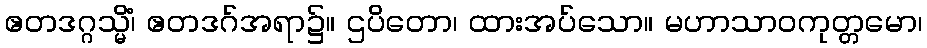
ဧတဒဂ္ဂသ္မိံ၊ ဧတဒဂ်အရာ၌။ ဌပိတော၊ ထားအပ်သော။ မဟာသာဝကုတ္တမော၊